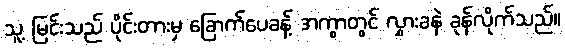
သူ့ မြင်းသည် ပိုင်းတားမှ ခြောက်ပေခန့် အကွာတွင် လွှားခနဲ ခုန်လိုက်သည်။